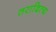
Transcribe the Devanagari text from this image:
तरादित्य